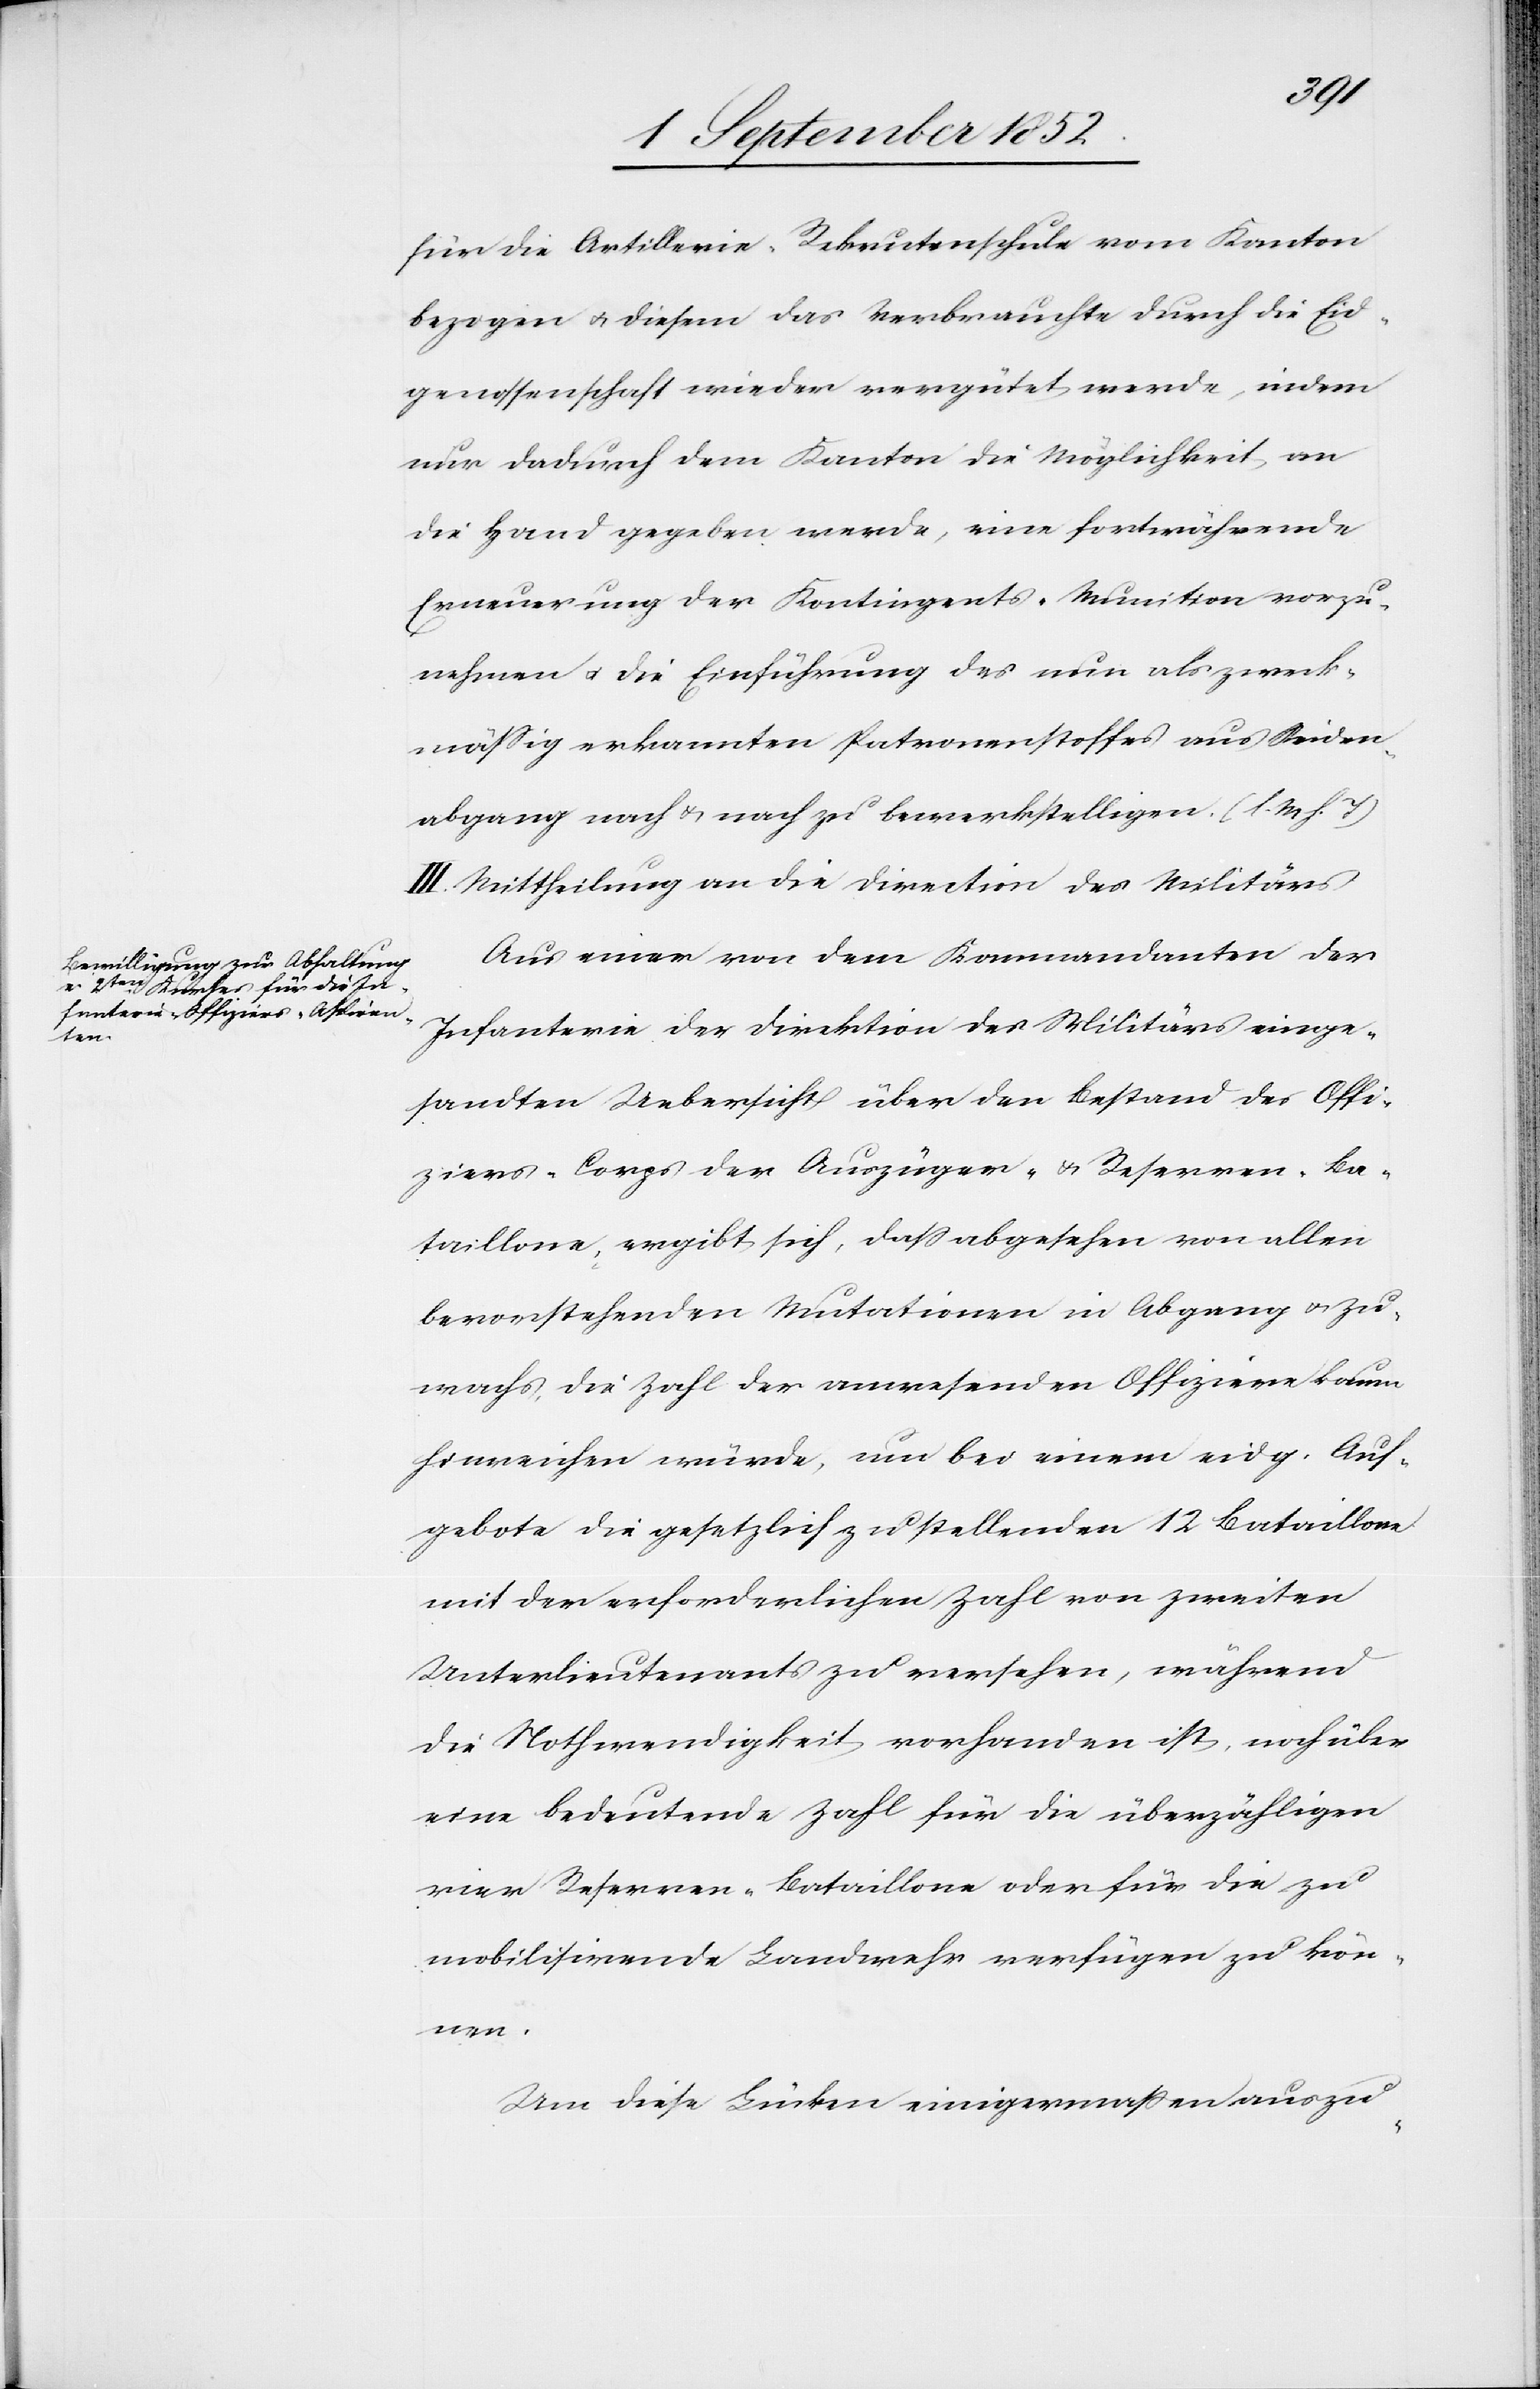
für die Artillerie-Rekrutenschule vom Kanton
bezogen & diesem das Verbrauchte durch die Eid¬
genossenschaft wieder vergütet werde, indem
nur dadurch dem Kanton die Möglichkeit an
die Hand gegeben werde, eine fortwährende
Erneuerung der Kontingents-Munition vorzu¬
nehmen & die Einführung des nun als zweck¬
mässig erkannten Patronenstoffes aus Seiden¬
abgang nach & nach zu bewerkstelligen. (l. M h. T)
III. Mittheilung an die Direction des Militärs[.]
Aus einer von dem Kommandanten der
Infanterie der Direktion des Militärs einge¬
sandten Uebersicht über den Bestand des Offi¬
ziers-Corps der Auszüger- & Reserven-Ba¬
taillone, ergibt sich, dass abgesehen von allen
bevorstehenden Mutationen in Abgang & Zu¬
wachs, die Zahl der anwesenden Offiziere kaum
hinreichen würde, um bei einem eidg. Auf¬
gebote die gesetzlich zu stellenden 12 Bataillone
mit der erforderlichen Zahl von zweiten
Unterlieutenants zu versehen, während
die Nothwendigkeit vorhanden ist, noch über
eine bedeutende Zahl für die überzähligen
vier Reserven-Bataillone oder für die zu
mobilisirende Landwehr verfügen zu kön¬
nen.
Um diese Lücken einigermaßen auszu-